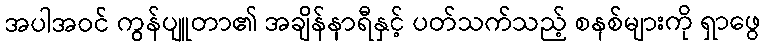
အပါအဝင် ကွန်ပျူတာ၏ အချိန်နာရီနှင့် ပတ်သက်သည့် စနစ်များကို ရှာဖွေ